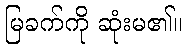
မြခက်ကို ဆုံးမ၏။